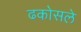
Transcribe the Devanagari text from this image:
ढकोसले